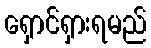
ရှောင်ရှားရမည်